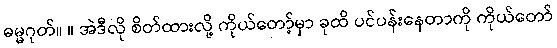
ဓမ္မဂုတ်။ ။ အဲဒီလို စိတ်ထားလို့ ကိုယ်တော့်မှာ ခုထိ ပင်ပန်းနေတာကို ကိုယ်တော်